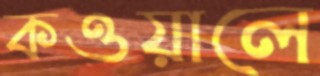
কওয়ালে